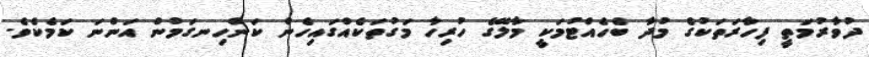
ދުވާރުމަތީ ފިހާރަތަކުގެ މުދާ ބެހެއްޓުމަކީ މާލޭގެ ހުރިހާ މަގުތަކެއްގައިހެން ކަންހިނގަމުން އަންނަ ކަމެކެވެ.